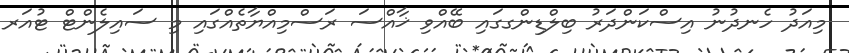
މިއަދު ހެނދުނު އިސްކަންދަރު ބިލްޑިންގގައި ބޭއްވި ޚާއްސަ ރަސްމިއްޔާތެއްގައިި މި ސައިލެންޓް ޓުއަރ